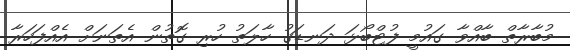
މުބާރާތް ބާއްވާ ގައުމީ ފުޓްބޯޅަ ދަނޑަގު ހާލަތު ހުރި ގޮތުން އެތަނަށް އެއްފަހަރާ